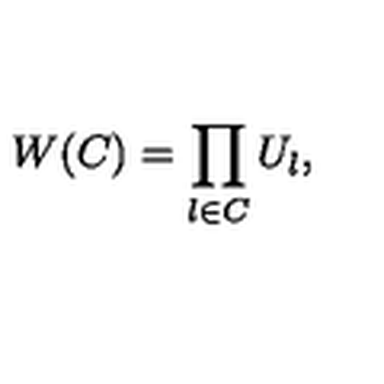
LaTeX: W ( C ) = \prod _ { l \in C } U _ { l } ,